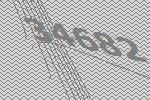
34682